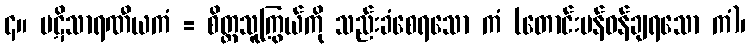
၄။ ပဋိသာရဏီယကံ = စိတ္တသူကြွယ်ကို သည်းခံစေရသော ကံ (တောင်းပန်ဝန်ချရသော ကံ)၊